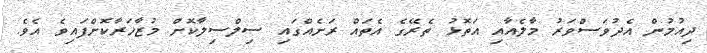
ދިއުމުން އެދުވަސްވަރު މާލެއާއި އަތޮޅު ތެރޭގެ އެތައް ރަށެއްގައި ސިލްސިލާކޮށް މުޒާހަރާކޮށްފައިވެ އެވެ.